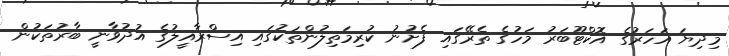
މިދިޔަ އަހަރުގެ އޮކްޓޫބަރު މަހުގެ ތެރޭގައި ފެށުނު ކުރިމަތިލުންތަކުގައި އިސްރާއީލުގެ އުދުވާނީ ބާރުތަކުން